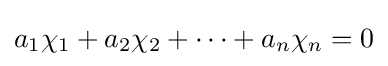
a_{1}\chi _{1}+a_{2}\chi _{2}+\cdots +a_{n}\chi _{n}=0